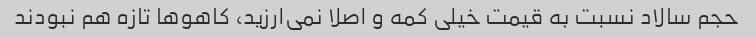
حجم سالاد نسبت به قیمت خیلی کمه و اصلا نمی‌ارزید، کاهو‌ها تازه هم نبودند